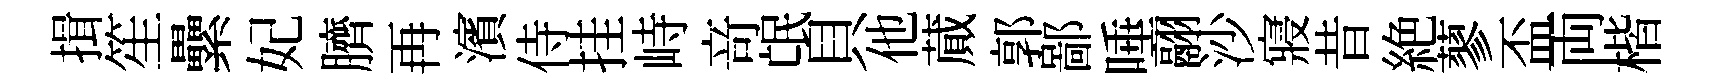
揖笙纍妃臍再濱侍挂峙竒氓貝他蕆郭鄙唾翮沙寢昔絶蓼盃両楷